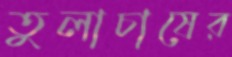
তুলাচাষের